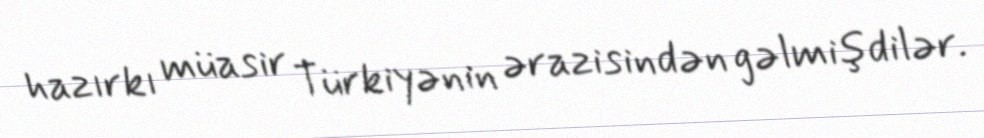
hazırkı müasir Türkiyənin ərazisindən gəlmişdilər.